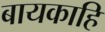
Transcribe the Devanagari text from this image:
बायकाहि